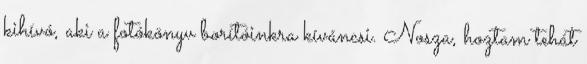
kihívó, aki a fotókönyv borítóinkra kíváncsi. Nosza, hoztam tehát